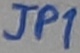
Text: JP1